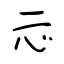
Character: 忈